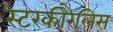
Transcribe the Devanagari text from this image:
स्टरकीरैलिस